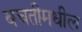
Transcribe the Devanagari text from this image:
बचतीमधील